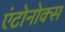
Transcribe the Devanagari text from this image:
एंटोनोक्स